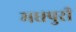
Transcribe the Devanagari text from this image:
मधपुरी